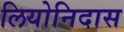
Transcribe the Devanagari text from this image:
लियोनिदास